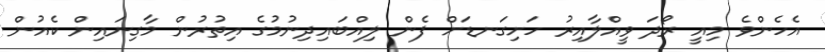
އެހެންވެ މިއީ ރޯދަ ވީއްލާއިރު ހަށިގަނޑަށް ފެން ލިއްބައިިދިނުމުގެ އިތުރުން މާގިނައިން ކެއުން